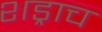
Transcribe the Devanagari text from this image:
शड्राच